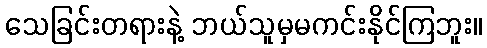
သေခြင်းတရားနဲ့ ဘယ်သူမှမကင်းနိုင်ကြဘူး။